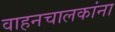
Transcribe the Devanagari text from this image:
वाहनचालकांना